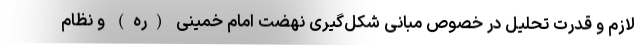
لازم و قدرت تحلیل در خصوص مبانی شکل‌گیری نهضت امام خمینی (ره) و نظام